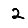
Digit: 2